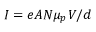
I = e A N \mu _ { p } V / d